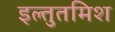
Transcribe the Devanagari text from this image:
इल्‍तुतमिश